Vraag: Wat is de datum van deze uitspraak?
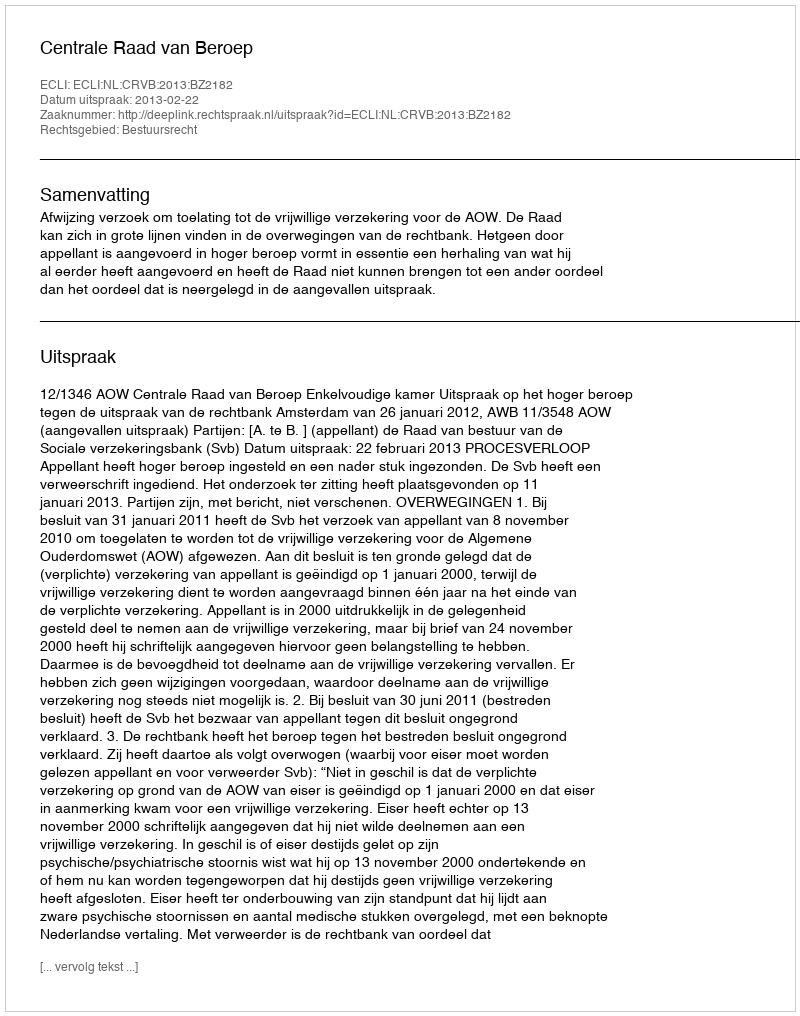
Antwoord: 2013-02-22